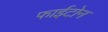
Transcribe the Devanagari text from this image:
फाईटोन